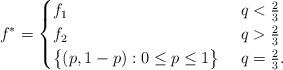
LaTeX: \begin{align*}f^*= \begin{cases} f_1 & \ q<\frac{2}{3} \\f_2 & \ q>\frac{2}{3}\\\big\{(p,1-p): 0\leq p\leq 1\big\} & \ q=\frac{2}{3}.\end{cases}\end{align*}